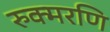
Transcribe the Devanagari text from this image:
रुक्मरणि